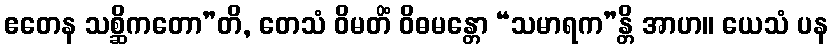
ဧတေန သစ္ဆိကတော”တိ, တေသံ ဝိမတိံ ဝိဓမန္တော “သမာရက”န္တိ အာဟ။ ယေသံ ပန